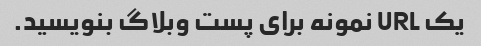
یک URL نمونه برای پست وبلاگ بنویسید.